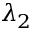
\lambda _ { 2 }